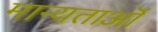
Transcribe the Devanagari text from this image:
मान्यताऒं